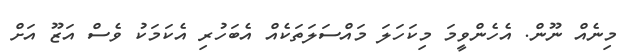
މިނެއް ނޫން. އެހެންވީމަ މިކަހަލަ މައްސަލަތަކެއް އެބަހުރި އެކަމަކު ވެސް އަޒޫ އަށް